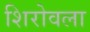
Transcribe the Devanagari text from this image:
शिरोवला